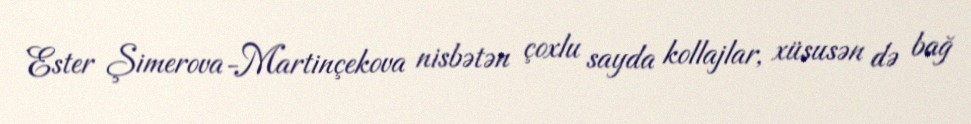
Ester Şimerova-Martinçekova nisbətən çoxlu sayda kollajlar, xüsusən də bağ